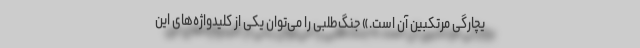
یچارگی مرتکبین آن است.» جنگ‌طلبی را می‌توان یکی از کلیدواژه‌های این